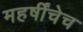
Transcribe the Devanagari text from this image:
महर्षींचेच